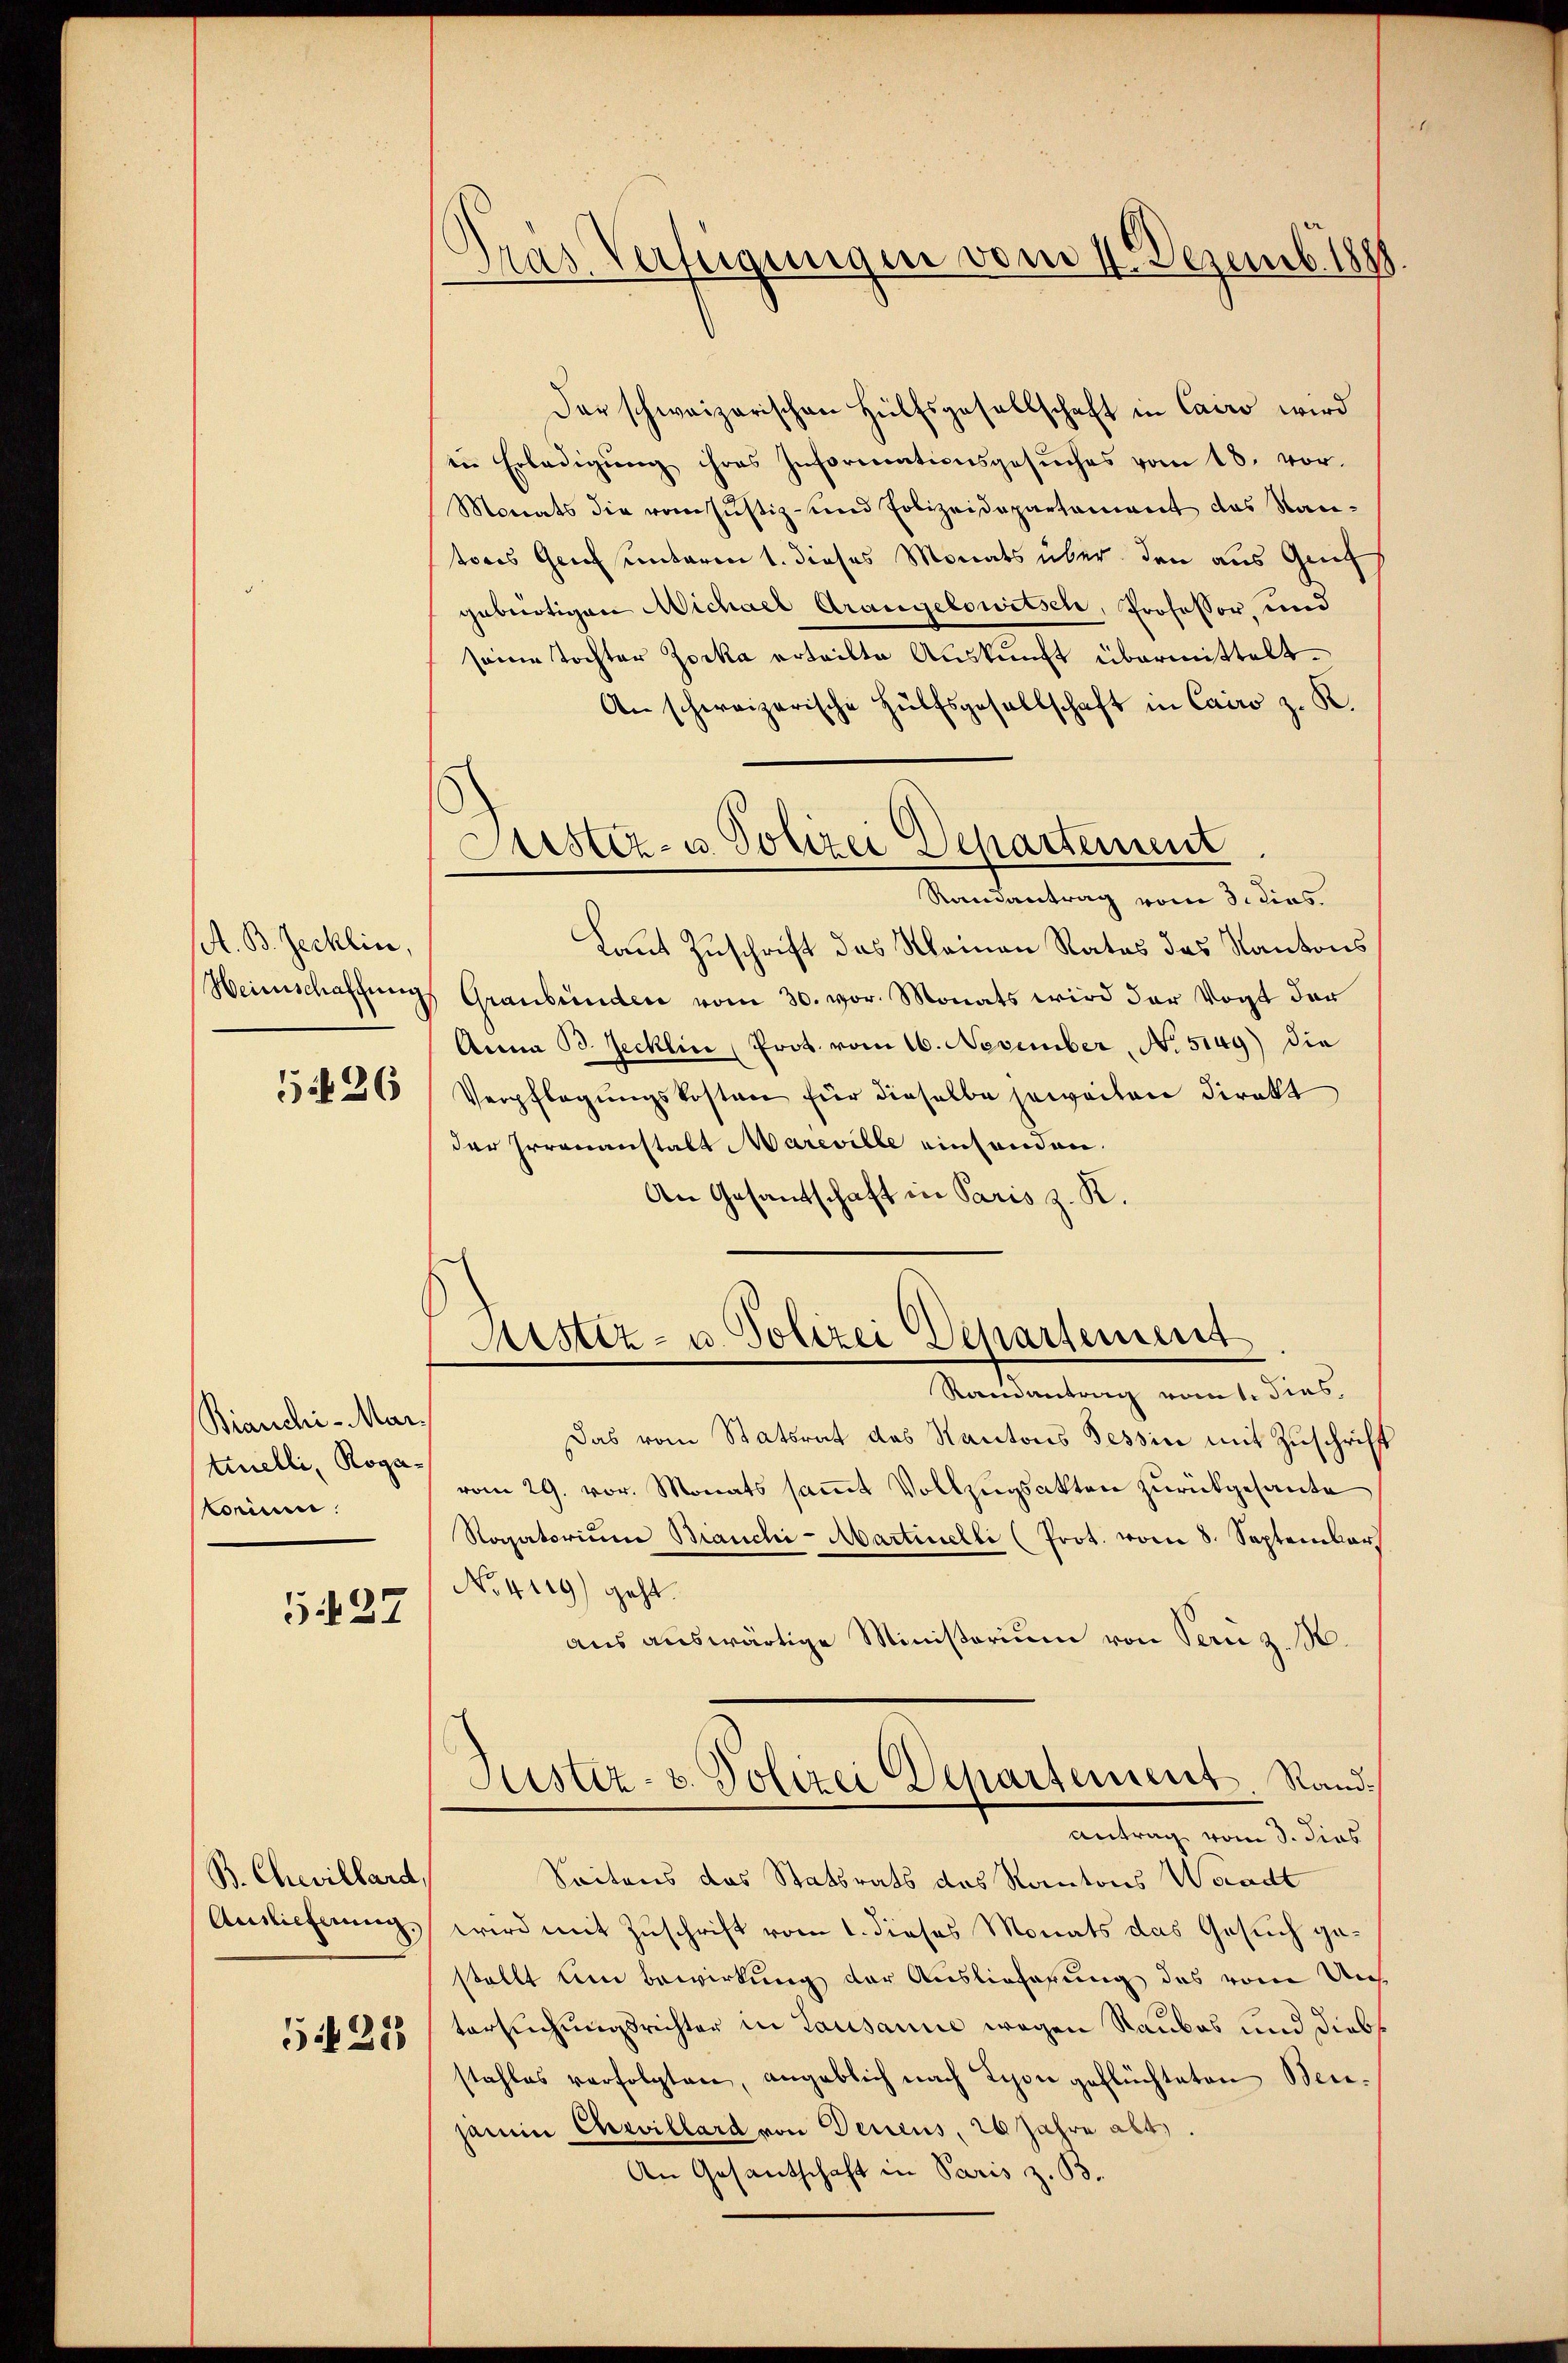
A. B. Jecklin,
Heimschaffung

5 f 36

Bianchi-Mar.
tinelli, Rogakorien:

5437

B. Chevillard,
Auslieferung.
5218

Gras Verfügungen vom 4. Dezemb. 1888

Der schweizerischen Hülfsgesellschaft in Cairo wird
en Erledigŭng ihres Informationsgesŭches vom 18. vor-
Monats die vom Justiz- und Polizeidepartoniert das Rautores Genf unteren 1. dieses Monats über den aus Genf
gebürtigen Michael Arangelowitsch, Professor, und
seine Tochter Zocka erteilte Auskunft übermittelt.
An schweizerische Hülfsgesellschaft in Cairo z. K.
Laut Zuschrift das Kleinen Rates des Kantons
Graubünden vom 30. vor. Monats wird der Vogt der
Anna B. Jecklin (Prot. vom 16. November, No. 5149) die
Verpflegŭngskosten für dieselbe jeweiten direkt
der Irrenanstalt Mareville einhanden.
An Gesantschaft in Paris z. R.
Mistiz- u. Polizei Departement
Randantrag vom 1. dies,
Das vom Statsrat das Kantons Tessin mit Zuschrift
vom 29. vor. Monats sammt Vollzugsakten zurückgesante
Nogatorium Bianchi-Martinelli (Prot. vom 8. September
No. 4119) geht.
aus auswärtige Ministorium von Bern z. B.
Fustiz- u. Polizei Departement. Rand¬
Antrag vom 3. dies
Seitens das Statsrats das Kantons Waadt
wird mit Zuschrift vom 1. dieses Monats das Gesuch gestellt um Bewirkung der Auslieferung das vom Un
tersuchungsrichter in Lausanne wegen Raubes und diebs
stahles verfolgten, angeblich nach Lyon geflüchteten Bei-
jamin Chevillard von Deucus, 26 Jahre abt.
An Gesantschaft in Paris z. B.

Justiz- u. Polizei Departement
Ramantrag vom 3. dies